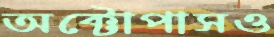
অক্টোপাসও